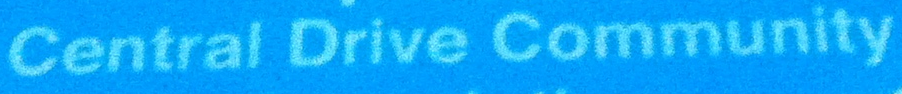
Central Drive Community